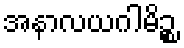
အနာလယဂါမိဉ္စ